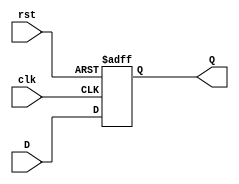
`timescale 1ns / 1ps
//////////////////////////////////////////////////////////////////////////////////
// Company: 
// Engineer: 
// 
// Design Name: 
// Module Name:    DFF 
// Project Name: 
// Target Devices: 
// Tool versions: 
// Description: 
//
// Dependencies: 
//
// Revision: 
// Revision 0.01 - File Created
// Additional Comments: 
//
//////////////////////////////////////////////////////////////////////////////////
module DFF(D,Q,clk,rst
    );
	input D,clk,rst;
	output reg Q;	 
	//assign Q = D;
	
	always @(posedge clk or posedge rst)
	begin
		if(rst)
		begin
			Q<=1'b0;
		end 
		else 
		begin 
			Q<=D;
		end
	end

endmodule